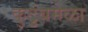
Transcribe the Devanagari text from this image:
कुटुंबमेळा